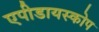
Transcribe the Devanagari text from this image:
एपीडायस्कोप